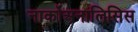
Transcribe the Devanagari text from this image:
नार्कोअनालिसिस